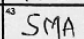
Transcription: SMA